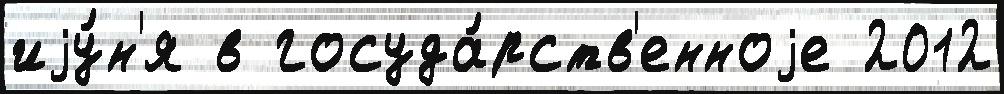
иjу́н'я в госуда́рств'енноjе 2012